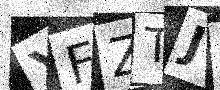
Text: YFZTJD